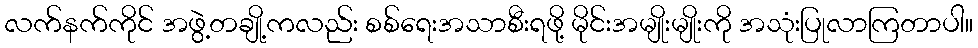
လက်နက်ကိုင် အဖွဲ့တချို့ကလည်း စစ်ရေးအသာစီးရဖို့ မိုင်းအမျိုးမျိုးကို အသုံးပြုလာကြတာပါ။